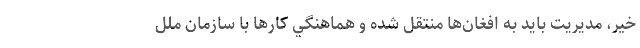
خير، مديريت بايد به افغان‌ها منتقل شده و هماهنگي كارها با سازمان ملل